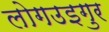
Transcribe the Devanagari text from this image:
लोगउइगुर